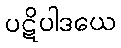
ပဋိပါဒယေ